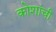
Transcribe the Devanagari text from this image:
कोशांची